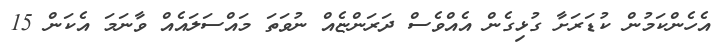
އެހެންކަމުން ކުޑަރަށާ ގުޅިގެން އެއްވެސް ދަރަންޏެއް ނުވަތަ މައްސަލައެއް ވާނަމަ އެކަން 15